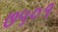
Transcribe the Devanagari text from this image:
७५०१